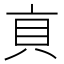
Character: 𧴨